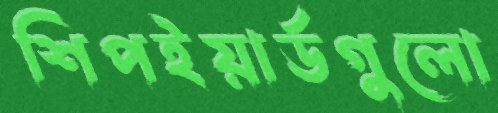
শিপইয়ার্ডগুলো